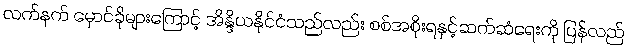
လက်နက် မှောင်ခိုများကြောင့် အိန္ဒိယနိုင်ငံသည်လည်း စစ်အစိုးရနှင့်ဆက်ဆံရေးကို ပြန်လည်